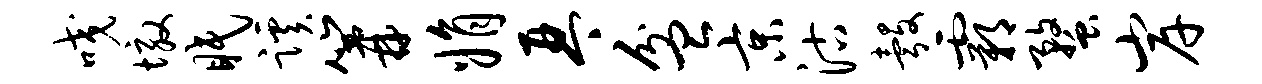
咬墩眠蹊篝娟琴盆京沽彀霸蝥岸